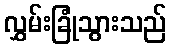
လွှမ်းခြုံသွားသည်